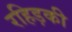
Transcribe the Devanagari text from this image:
रहिड़की